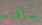
سأفتح